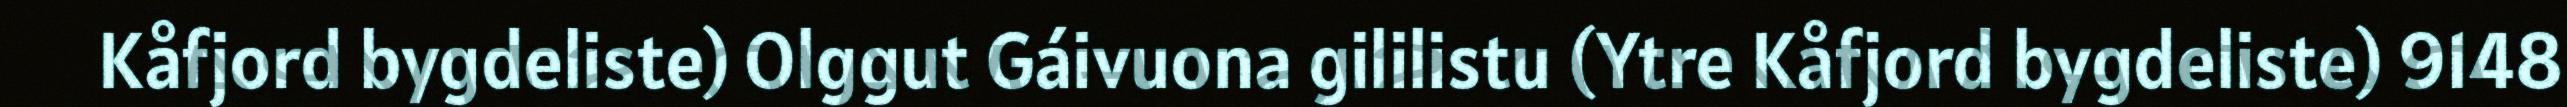
Kåfjord bygdeliste) Olggut Gáivuona gililistu (Ytre Kåfjord bygdeliste) 9148